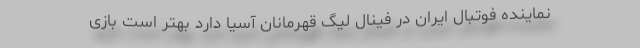
نماینده فوتبال ایران در فینال لیگ قهرمانان آسیا دارد بهتر است بازی